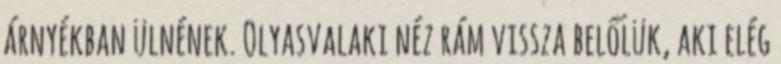
árnyékban ülnének. Olyasvalaki néz rám vissza belőlük, aki elég